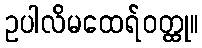
ဥပါလိမထေရ်ဝတ္ထု။